Report of an investigation into the causes of malaria in Bombay and the measures necessary for its control
Disease focus: Malaria
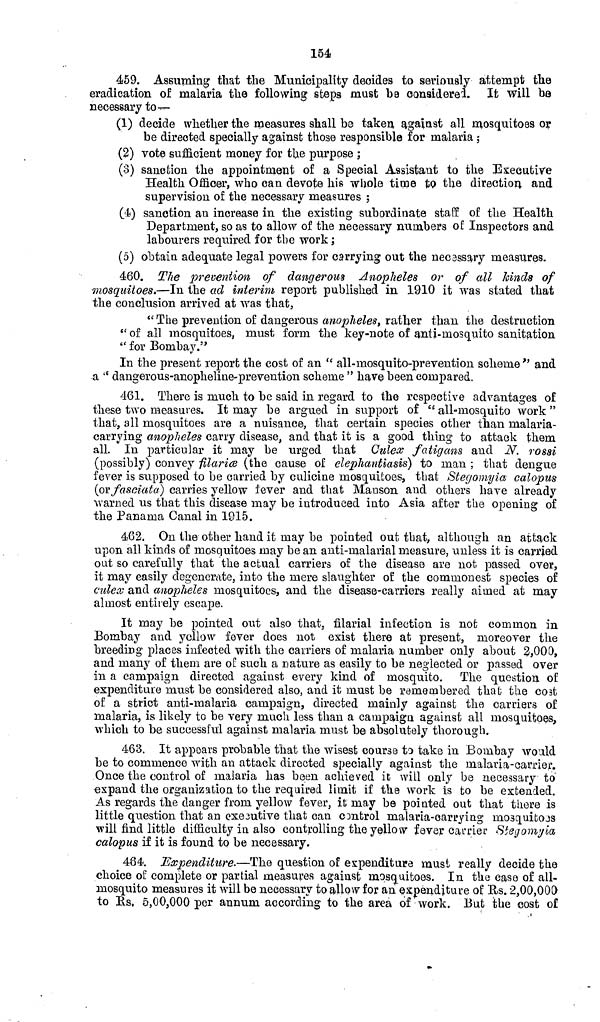
154
459. Assuming that the Municipality decides to seriously attempt the
eradication of malaria the following steps must be considered. It will be
necessary to—
(1) decide whether the measures shall be taken against all mosquitoes or
be directed specially against those responsible for malaria ;
(2) vote sufficient money for the purpose ;
(3) sanction the appointment of a Special Assistant to the Executive
Health Officer, who can devote his whole time to the direction and
supervision of the necessary measures ;
(4i) sanction an increase in the existing subordinate staff of the Health
Department, so as to allow of the necessary numbers of Inspectors and
labourers required for the work ;
(5) obtain adequate legal powers for carrying out the necsssary measures.
460. The prevention of dangerous Anopheles or of all hinds of
mosquitoes.—In the ad interim report published in 1910 it was stated that
the conclusion arrived at was that,
" The prevention of dangerous anopheles, rather than the destruction
" of all mosquitoes, must form the key-note of anti-mosquito sanitation
" for Bomba} 7 ."
In the present report the cost of an " all-mosquito-prevention scheme" and
a " dangerous-anopheline-prevention scheme " have been compared.
461. There is much to be said in regard to the respective advantages of
these two measures. It may be argued in support of " all-mosquito work "
that, all mosquitoes are a nuisance, that certain species other than malaria-
carrying anopheles carry disease, and that it is a good thing to attack them
all. In particular it may be urged that Culex fatigans and N. rossi
(possibly) convey filariœ (the cause of elephantiasis) to man ; that dengue
fever is supposed to be carried by culicine mosquitoes, that Stegomyia calopus
(or fasciata) carries yellow fever and that Hanson and others have already
warned us that this disease may be introduced into Asia after the opening of
the Panama Canal in 1915.
462. On the other hand it may be pointed out that, although an attack
upon all kinds of mosquitoes may be an anti-malarial measure, unless it is carried
out so carefully that the actual carriers of the disease are not passed over,
it may easily degenerate, into the mere slaughter of the commonest species of
culex and anopheles mosquitoes, and the disease-carriers really aimed at may
almost entirely escape.
It may be pointed out also that, filarial infection is not common in
Bombay and yellow fever does not exist there at present, moreover the
breeding places infected with the carriers of malaria number only about 2,000,
and many of them are of such a nature as easily to be neglected or passed over
in a campaign directed against every kind of mosquito. The question of
expenditure must be considered also, and it must be remembered that the cost
of a strict anti-malaria campaign, directed mainly against the carriers of
malaria, is likely to be very much less than a campaign against all mosquitoes,
which to be successful against malaria must be absolutely thorough.
463. It appears probable that the wisest course to take in Bombay would
be to commence with an attack directed specially against the malaria-carrier.
Once the control of malaria, has been achieved it will only be necessary to
expand the organization to the required limit if the work is to be extended.
As regards the danger from yellow fever, it may be pointed out that there is
little question that an executive that can control malaria-carrying mosquitoes
will find little difficulty in also controlling the yellow fever carrier Stegomyia
calopus if it is found to be necessary.
464. Expenditure.—The question of expenditure must really decide the
choice of complete or partial measures against mosquitoes. In the case of all-
mosquito measures it will be necessary to allow for an expenditure of Us. 2,00,000
to Rs. 5,00,000 per annum according to the area of work. But the cost of